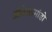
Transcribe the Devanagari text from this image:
ओबेरकमांडो